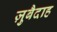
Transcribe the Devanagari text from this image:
ज़ुबैदाह